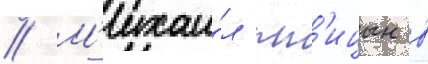
// М'ихаи́л пт'ицын в